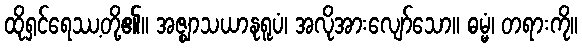
ထိုရှင်ရေဿ့တို့၏။ အဇ္ဈာသယာနုရူပံ၊ အလိုအားလျော်သော။ ဓမ္မံ၊ တရားကို။